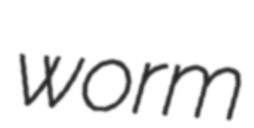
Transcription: worm